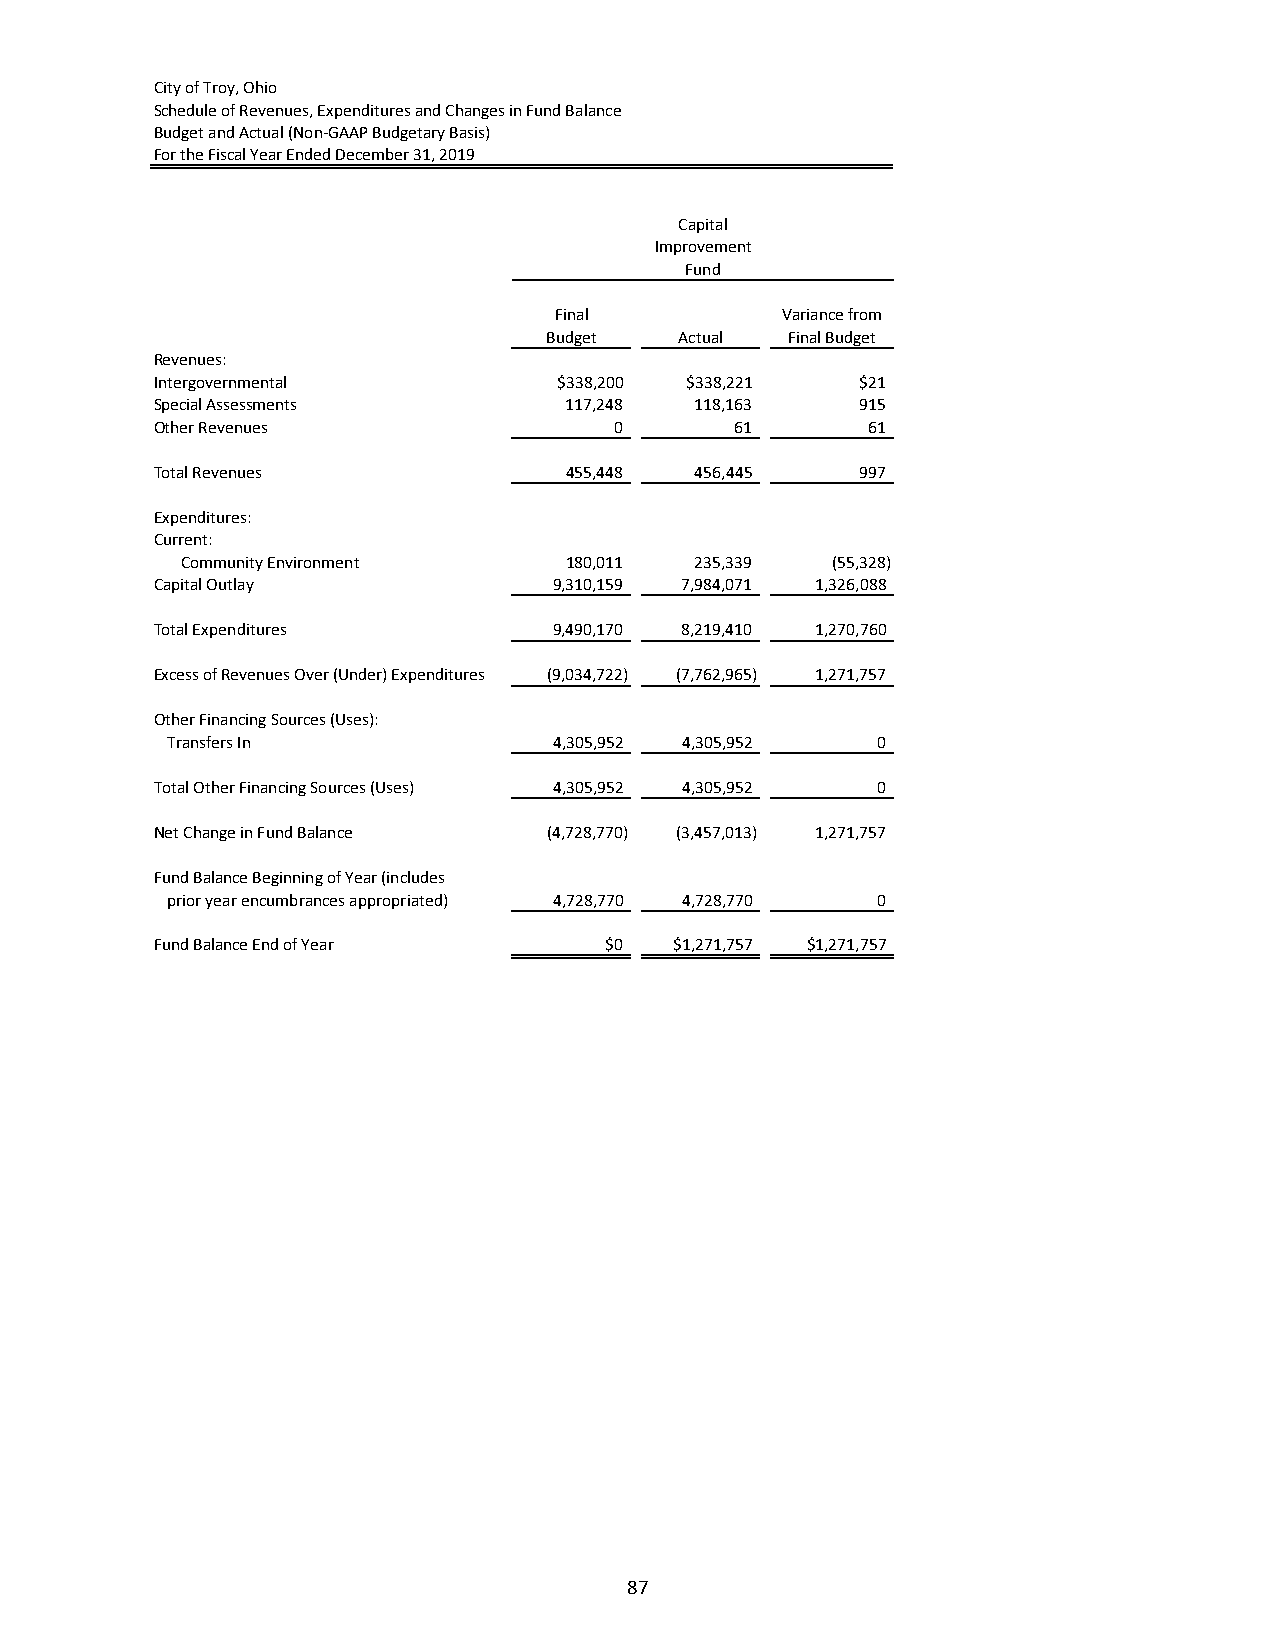
City of Troy, Ohio
 Schedule of Revenues, Expenditures and Changes in Fund Balance
 Budget and Actual (Non‐GAAP Budgetary Basis)
 For the Fiscal Year Ended December 31, 2019
 Capital
 Improvement
 Fund
 Final          Variance from
 Budget   Actual Final Budget
 Revenues:
 Intergovernmental          $338,200 $338,221   $21
 Special Assessments        117,248  118,163    915
 Other Revenues                 0       61      61
 Total Revenues             455,448  456,445    997
 Expenditures:
 Current:
 Community Environment    180,011  235,339  (55,328)
 Capital Outlay             9,310,159 7,984,071 1,326,088
 Total Expenditures         9,490,170 8,219,410 1,270,760
 Excess of Revenues Over (Under) Expenditures (9,034,722) (7,762,965) 1,271,757
 Other Financing Sources (Uses):
 Transfers In              4,305,952 4,305,952  0
 Total Other Financing Sources (Uses) 4,305,952 4,305,952 0
 Net Change in Fund Balance (4,728,770) (3,457,013) 1,271,757
 Fund Balance Beginning of Year (includes
 prior year encumbrances appropriated) 4,728,770 4,728,770 0
 Fund Balance End of Year      $0   $1,271,757 $1,271,757
 87